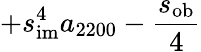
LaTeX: +s_{\mathrm{im}}^{4}a_{2200}-\frac{s_{\mathrm{ob}}}{4}